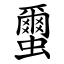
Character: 蠒